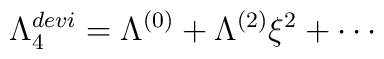
\Lambda_4^{devi} = \Lambda^{(0)} + \Lambda^{(2)} \xi^2 + \cdots